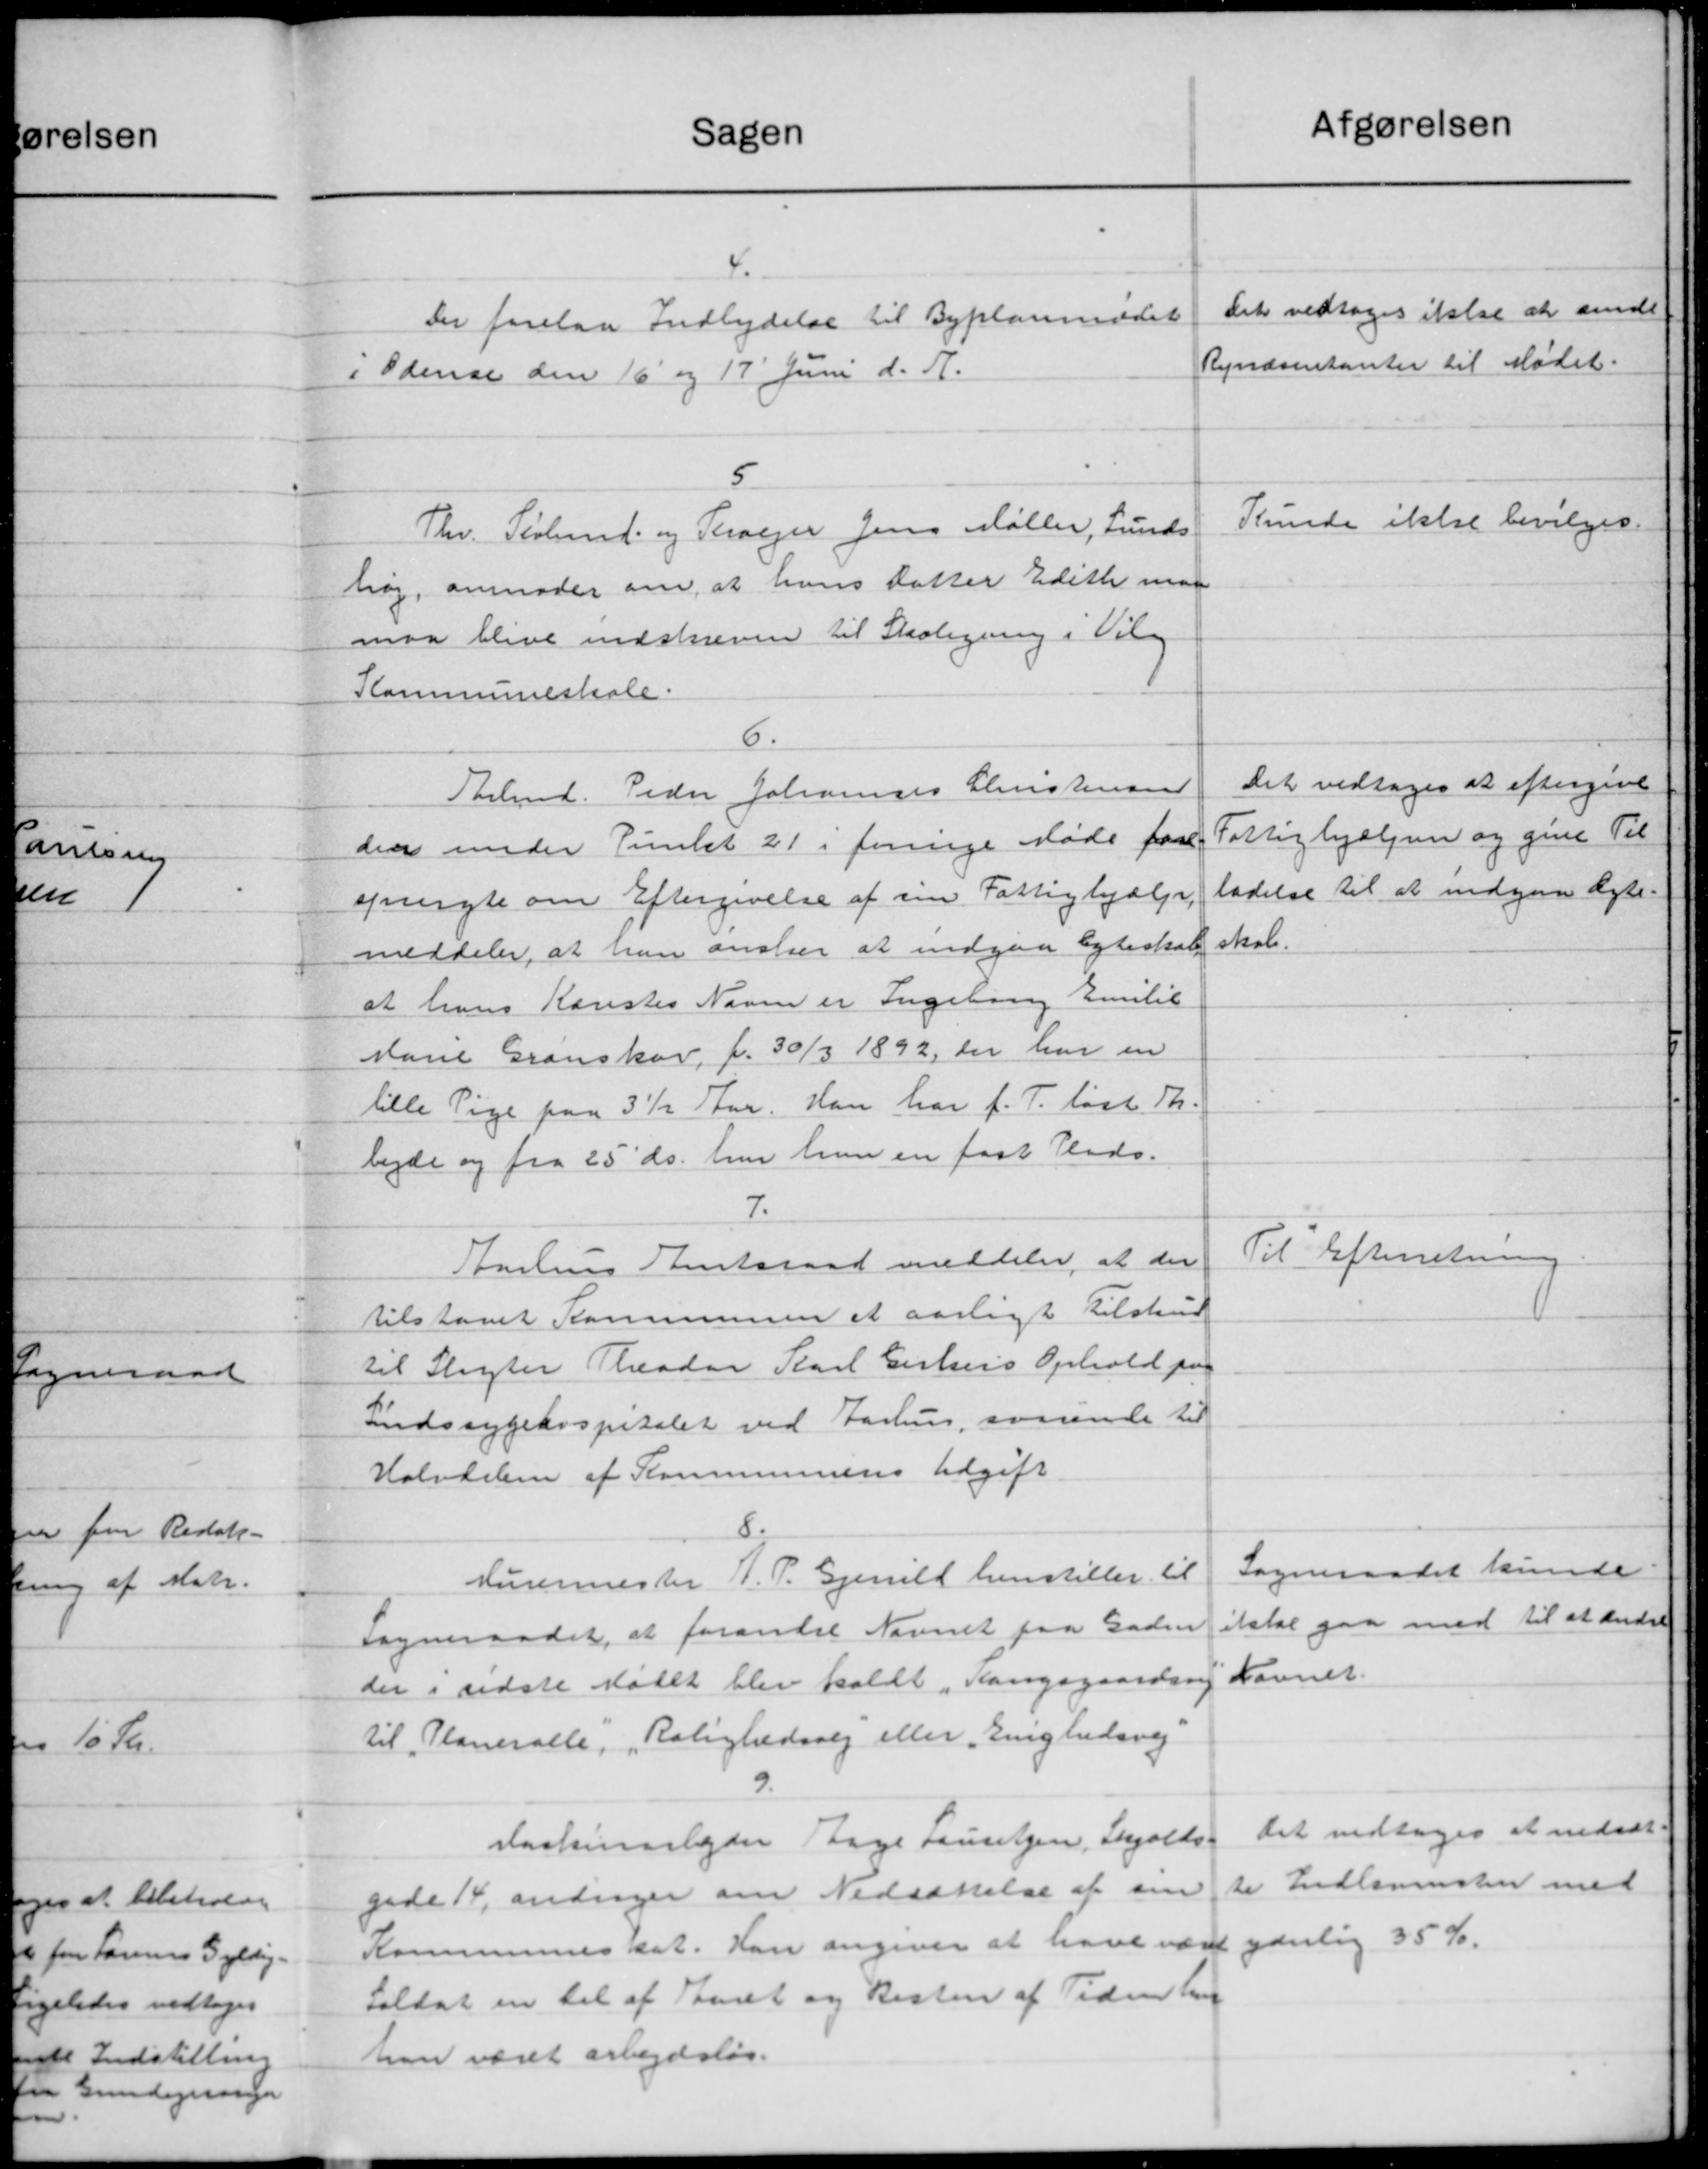
Transskription:
Sagen
4.
Der forelaa Indbydelse til Byplanadet
i Odense den 16 og 17 Juni d. A.
5.
Thv. Sirlund og Torvejer Jens Møller, Lunds
høj, anmoder om, at hans datter Editte man
maa blive indskreven til Skolegning i Til
Kommuneskole.
6.
Selmd. Peder Johannes Christensen
den under Vintet 21 i forrige Møde faa
angte om Eftergivelse af sin Fattighjælp
meddeler, at han ansker at indgaa Egteskab
at hans Kanistes Navne er Ingeborg Emilie
Marie Granskov, f. 30/3 1892, der har en
lille Pige paa 3½ Aar. Han har f. T. løst Th.
bejde og fra 25' ds. har hun en fast Plads.
7.
Aarhus Amtsraad meddeler, at der
tilstaaet Kommunen et aarligt Tilskud
til Slagter Theodor Karl Eilers Ophold paa
Indssygehospitalet ved Aarhus, svarende til
Halvdeler af Kommunens Udgift
8.
Murermester A. P. Gjenelt henstiller til
Sogneraadet, at forandre Nævnet paa Gaden
der i sidste Mødet blev holdt "Rangsgaardsvej
til „Planeralle, „Rolighedsvej eller „Enighedsvej
9.
raskinarbejder Tage Lauritzen, Skjolds-
gade 14, andrager om Nedsættelse af sin
Kommunens dat. Han angiver at have været
Soldat en til af Storet og Resten af Tiden ha
han været arbejdsløs.